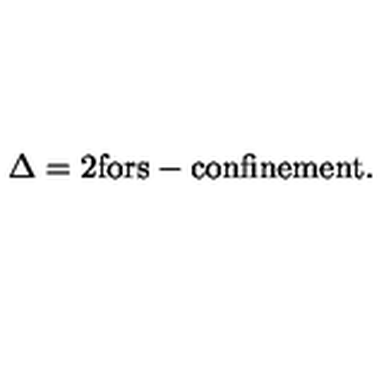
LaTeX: \Delta = 2 \mathrm { f o r s - c o n f i n e m e n t } .